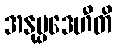
အနုပ္ပဒေဟီတိ